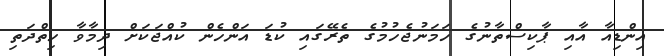
އިންޑިއާ އާއި ޕާކިސްތާނުގެ ހަމަނުޖެހުމުގެ ތެރޭގައި ކުޑަ އަންހެން ކުއްޖަކަށް ދިމާވާ ހިތްދަތި